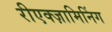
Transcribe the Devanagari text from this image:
रीएक्ज़ामिनिंग